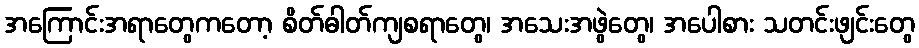
အကြောင်းအရာတွေကတော့ စိတ်ဓါတ်ကျစရာတွေ၊ အသေးအဖွဲတွေ၊ အပေါစား သတင်းဖျင်းတွေ